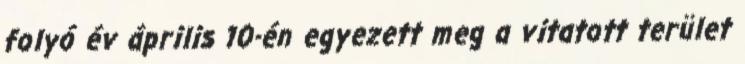
folyó év április 10-én egyezett meg a vitatott terület